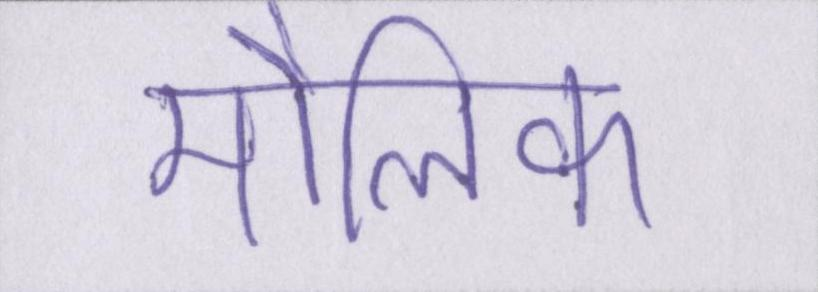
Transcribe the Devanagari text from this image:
मौलिक